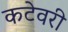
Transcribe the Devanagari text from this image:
कटेवरी